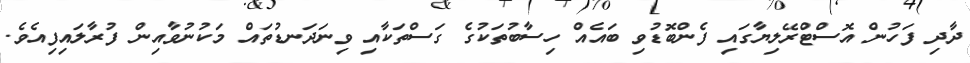
ދާދި ފަހުން އޮސްޓްރޭލިޔާގައި ފެންބޮޑުވި ބައެއް ހިސާބުތަކުގެ ގަސްތަކާއި ވިނަދަނޑުތައް މަކުނުވާއިން ފުރާލައިފިއެވެ.